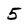
Character: 5